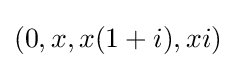
(0,x,x(1+i),xi)